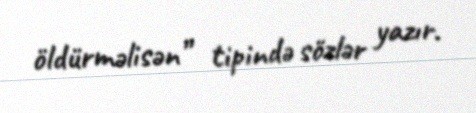
öldürməlisən” tipində sözlər yazır.